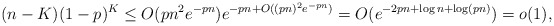
\begin{align*}(n-K)(1-p)^K \leq O(pn^2e^{-pn})e^{-pn+O((pn)^2e^{-pn})}= O(e^{-2pn+ \log n + \log (pn)}) =o(1),\end{align*}